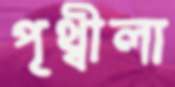
পৃথ্বীলা